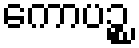
ကောပဉ္စ